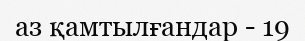
аз қамтылғандар - 19